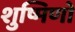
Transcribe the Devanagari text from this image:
शुष्मिणो